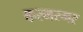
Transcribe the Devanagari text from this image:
करमरमर